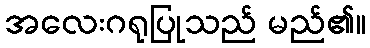
အလေးဂရုပြုသည် မည်၏။